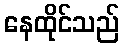
နေထိုင်သည်